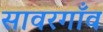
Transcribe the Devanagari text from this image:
सावरगाँव